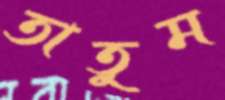
তাতুম